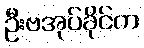
ဦးဗအုပ်ခိုင်က